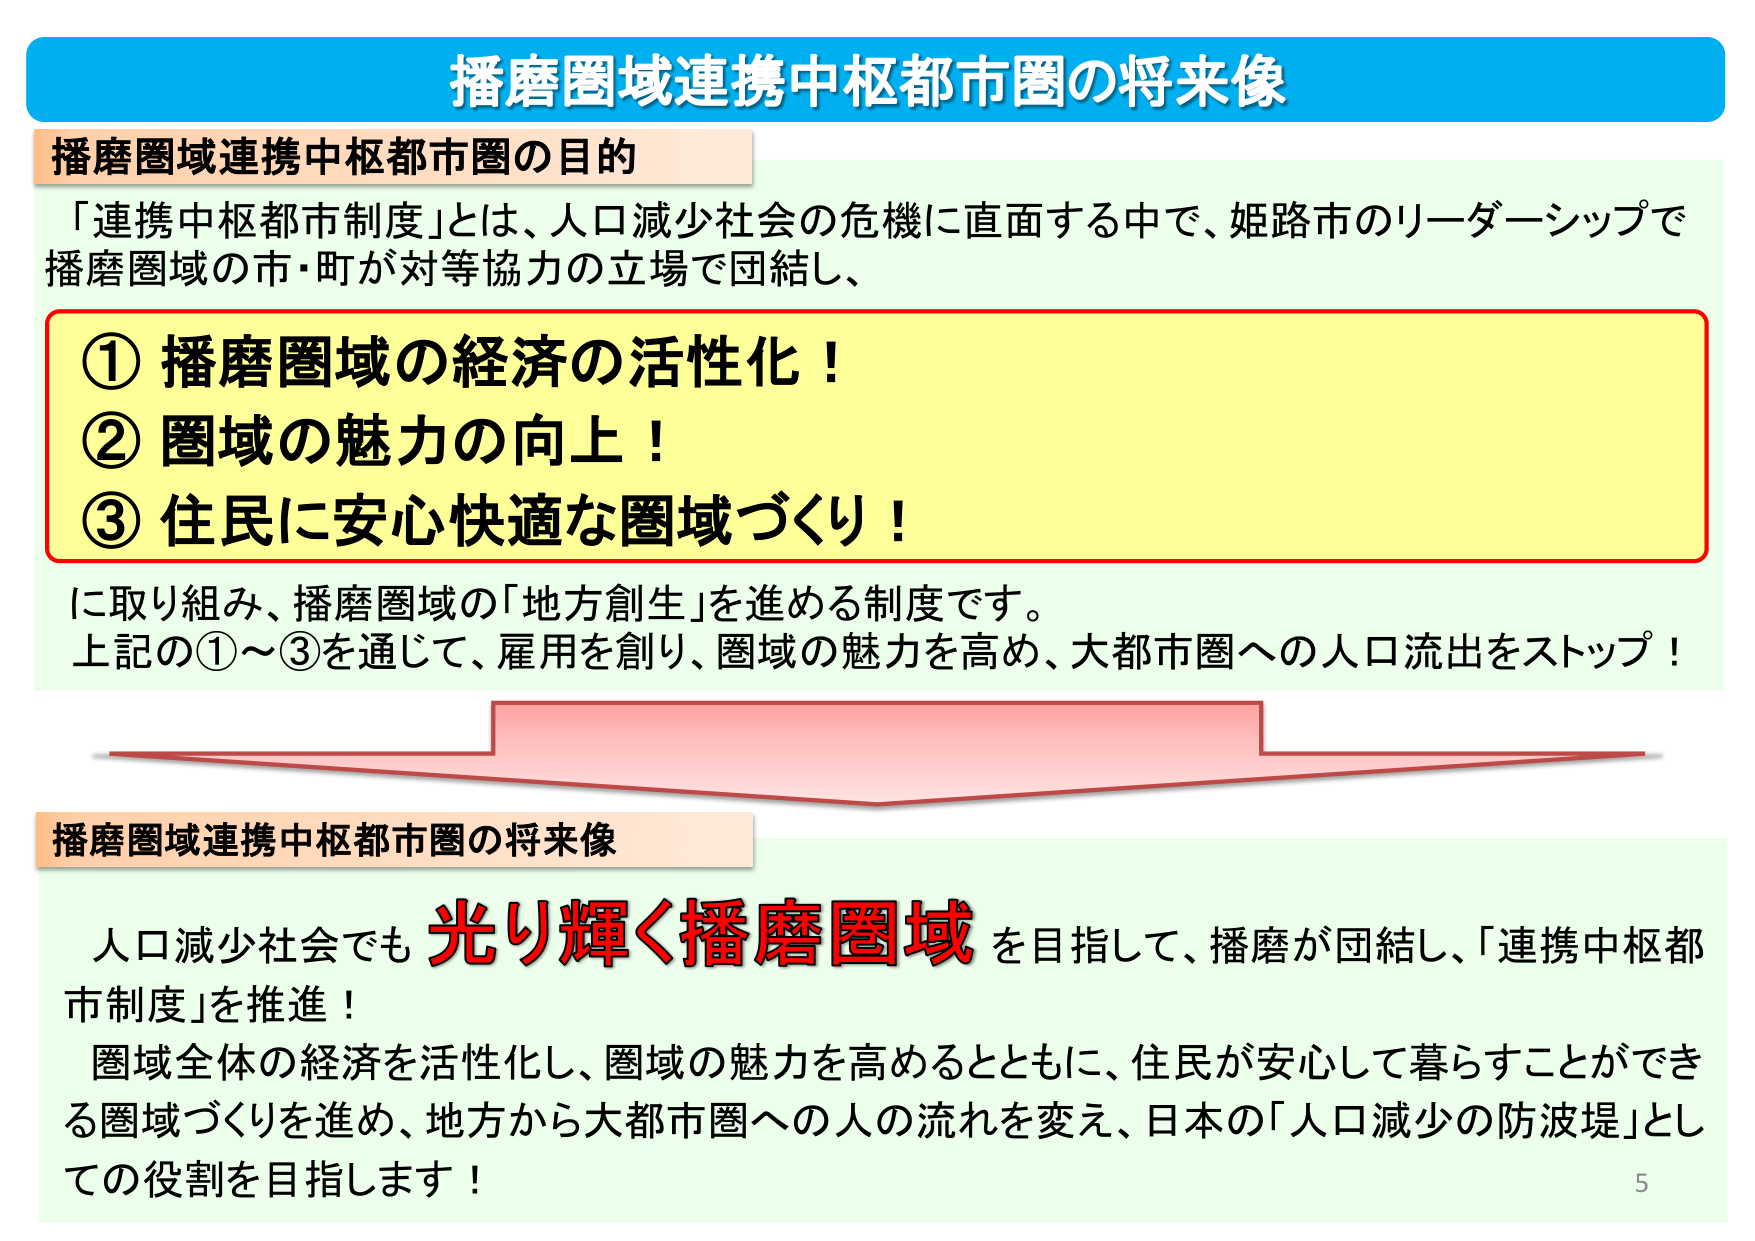
播磨圏域連携中枢都市圏の将来像

播磨圏域連携中枢都市圏の目的
「連携中枢都市制度」とは、人口減少社会の危機に直面する中で、姫路市のリーダーシップで
播磨圏域の市・町が対等協力の立場で団結し、

① 播磨圏域の経済の活性化！
② 圏域の魅力の向上！
③ 住民に安心快適な圏域づくり！

に取り組み、播磨圏域の「地方創生」を進める制度です。
上記の①～③を通じて、雇用を創り、圏域の魅力を高め、大都市圏への人口流出をストップ！

播磨圏域連携中枢都市圏の将来像
人口減少社会でも 光り輝く播磨圏域 を目指して、播磨が団結し、「連携中枢都市制度」を推進！
圏域全体の経済を活性化し、圏域の魅力を高めるとともに、住民が安心して暮らすことができる圏域づくりを進め、地方から大都市圏への人の流れを変え、日本の「人口減少の防波堤」としての役割を目指します！

5